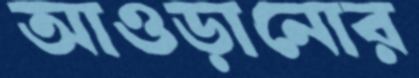
আওড়ানোর